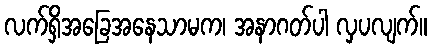
လက်ရှိအခြေအနေသာမက၊ အနာဂတ်ပါ လှပလျက်။